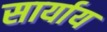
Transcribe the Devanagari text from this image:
सार्याय